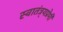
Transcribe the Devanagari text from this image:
स्वातंत्र्यप्रेमी